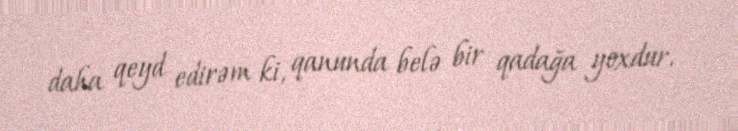
daha qeyd edirəm ki, qanunda belə bir qadağa yoxdur.